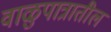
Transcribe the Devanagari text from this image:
वाळुपात्रातील